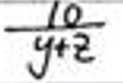
$\frac{10}{y + 2}$